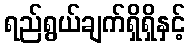
ရည်ရွယ်ချက်ရှိရှိနှင့်